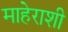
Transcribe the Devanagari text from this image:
माहेराशी